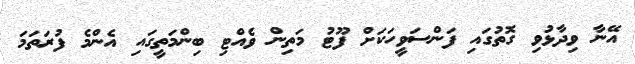
އޭނާ ވިދާޅުވި ގޮތުގައި ފަންސަވީހަކަށް ފޫޓު މަތިން ވެއްޓި ބިންމަތީގައި އެންމެ ފުރަތަމަ